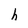
Character: h